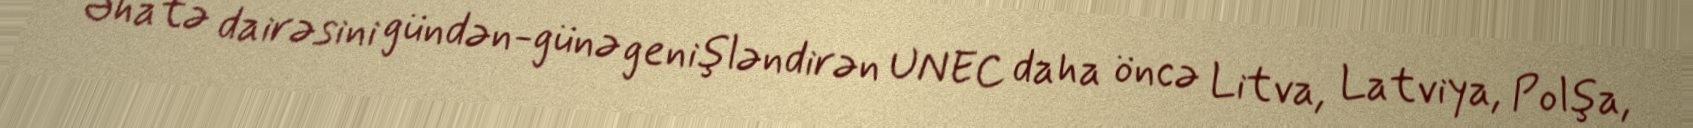
Əhatə dairəsini gündən-günə genişləndirən UNEC daha öncə Litva, Latviya, Polşa,